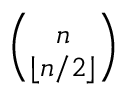
\scriptstyle { \binom { n } { \lfloor n / 2 \rfloor } }